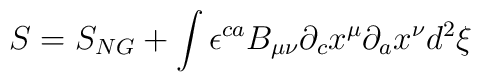
S = S_{NG} + \int {\epsilon}^{ca}B_{\mu\nu}{\partial}_{c}x^{\mu}{\partial}_{a}x^{\nu} d^{2}{\xi}